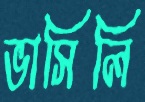
ভাসিলি